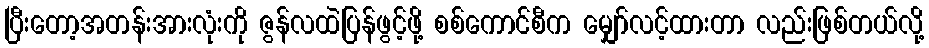
ပြီးတော့အတန်းအားလုံးကို ဇွန်လထဲပြန်ဖွင့်ဖို့ စစ်ကောင်စီက မျှော်လင့်ထားတာ လည်းဖြစ်တယ်လို့